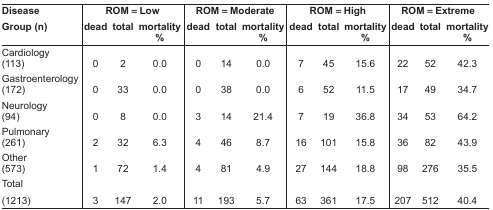
<table><thead><tr><td rowspan="2"><b>Disease Group (n)</b></td><td colspan="3"><b>ROM = Low</b></td><td colspan="3"><b>ROM = Moderate</b></td><td colspan="3"><b>ROM = High</b></td><td colspan="3"><b>ROM = Extreme</b></td></tr><tr><td><b>dead</b></td><td><b>total</b></td><td><b>mortality %</b></td><td><b>dead</b></td><td><b>total</b></td><td><b>mortality %</b></td><td><b>dead</b></td><td><b>total</b></td><td><b>mortality %</b></td><td><b>dead</b></td><td><b>total</b></td><td><b>mortality %</b></td></tr></thead><tbody><tr><td>Cardiology (113)</td><td>0</td><td>2</td><td>0.0</td><td>0</td><td>14</td><td>0.0</td><td>7</td><td>45</td><td>15.6</td><td>22</td><td>52</td><td>42.3</td></tr><tr><td>Gastroenterology (172)</td><td>0</td><td>33</td><td>0.0</td><td>0</td><td>38</td><td>0.0</td><td>6</td><td>52</td><td>11.5</td><td>17</td><td>49</td><td>34.7</td></tr><tr><td>Neurology (94)</td><td>0</td><td>8</td><td>0.0</td><td>3</td><td>14</td><td>21.4</td><td>7</td><td>19</td><td>36.8</td><td>34</td><td>53</td><td>64.2</td></tr><tr><td>Pulmonary (261)</td><td>2</td><td>32</td><td>6.3</td><td>4</td><td>46</td><td>8.7</td><td>16</td><td>101</td><td>15.8</td><td>36</td><td>82</td><td>43.9</td></tr><tr><td>Other (573)</td><td>1</td><td>72</td><td>1.4</td><td>4</td><td>81</td><td>4.9</td><td>27</td><td>144</td><td>18.8</td><td>98</td><td>276</td><td>35.5</td></tr><tr><td>Total (1213)</td><td>3</td><td>147</td><td>2.0</td><td>11</td><td>193</td><td>5.7</td><td>63</td><td>361</td><td>17.5</td><td>207</td><td>512</td><td>40.4</td></tr></tbody></table>